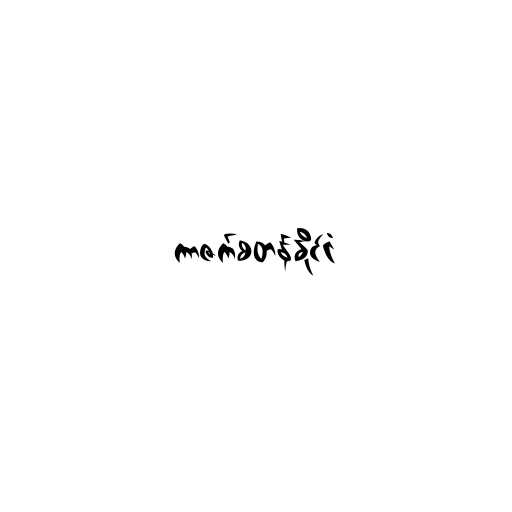
ကာဇက်စတန်နိုင်ငံ